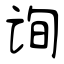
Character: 询